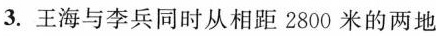
3.王海与李兵同时从相距2800米的两地